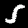
Digit: 5